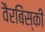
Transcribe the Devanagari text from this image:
वैरबिंस्की